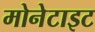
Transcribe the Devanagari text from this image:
मोनेटाइट